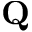
{ \bf Q }